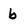
Character: b